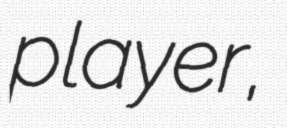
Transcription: player,